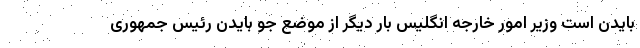
بایدن است وزیر امور خارجه انگلیس بار دیگر از موضع جو بایدن رئیس جمهوری